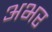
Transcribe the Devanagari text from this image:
अभर